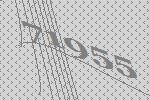
71955